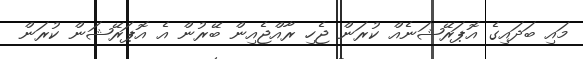
މައި ބަދައިގެ އޮޕަރޭޝަނެއް ކުރަން ޖެހި ރާއްޖެއިން ބޭރުން އެ އޮޕަރޭޝަން ކުރަން